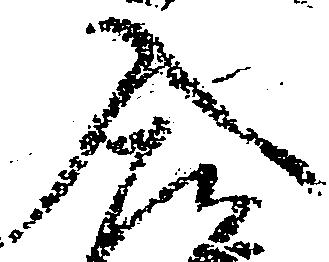
入